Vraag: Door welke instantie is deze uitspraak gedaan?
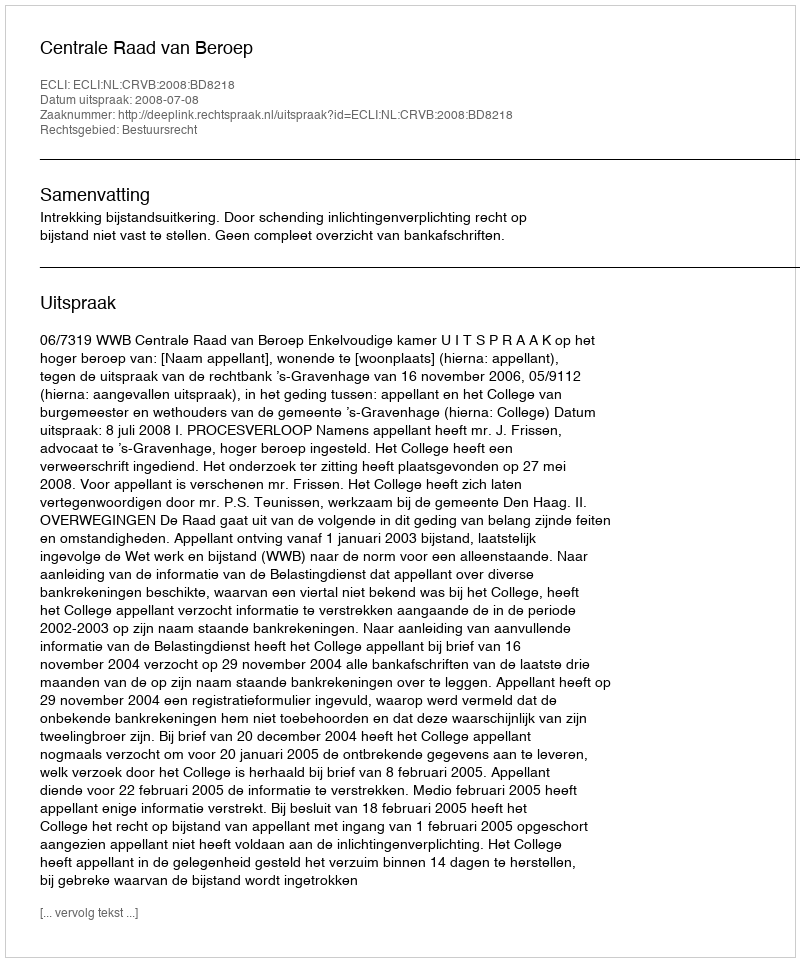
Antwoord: Centrale Raad van Beroep